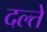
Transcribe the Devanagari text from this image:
दल्ते